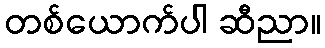
တစ်ယောက်ပါ ဆီညာ။